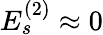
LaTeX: E_{s}^{(2)}\approx 0